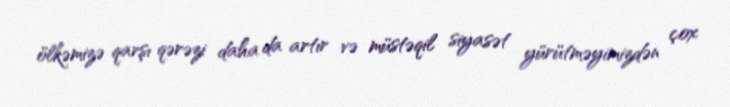
ölkəmizə qarşı qərəzi daha da artır və müstəqil siyasət yürütməyimizdən çox